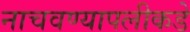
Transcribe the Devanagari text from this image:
नाचवण्यापलीकडे